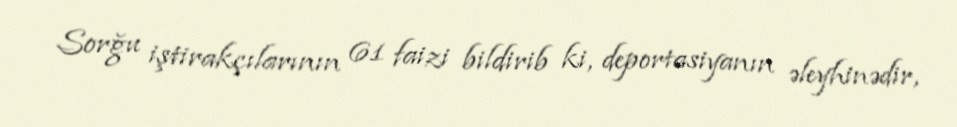
Sorğu iştirakçılarının 61 faizi bildirib ki, deportasiyanın əleyhinədir,